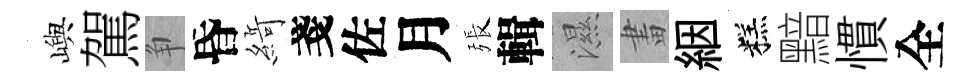
嶼駕争昏𦂶戔佐月張輯濕畫絪糕黯慣全